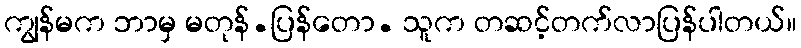
ကျွန်မက ဘာမှ မတုန်.ပြန်တော. သူက တဆင့်တက်လာပြန်ပါတယ်။